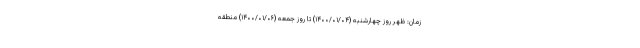
زمان: ظهر روز چهارشنبه (۱۴۰۰/۰۱/۰۴) تا روز جمعه (۱۴۰۰/۰۱/۰۶) منطقه